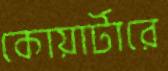
কোয়ার্টারে